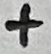
Text: +